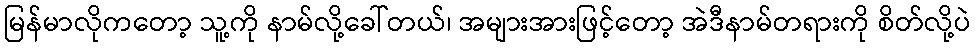
မြန်မာလိုကတော့ သူ့ကို နာမ်လို့ခေါ်တယ်၊ အများအားဖြင့်တော့ အဲဒီနာမ်တရားကို စိတ်လို့ပဲ